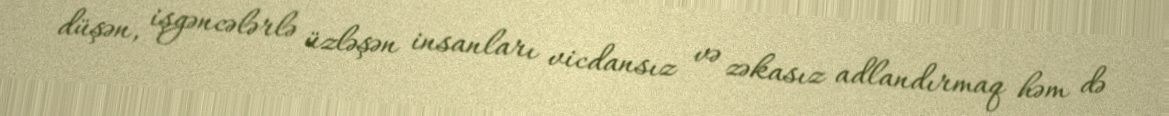
düşən, işgəncələrlə üzləşən insanları vicdansız və zəkasız adlandırmaq həm də